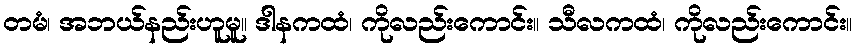
တမံ၊ အဘယ်နည်းဟူမူ။ ဒါနကထံ၊ ကိုလည်းကောင်း။ သီလကထံ၊ ကိုလည်းကောင်း။